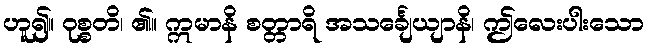
ဟူ၍။ ဝုစ္စတိ၊ ၏။ ဣမာနိ စတ္တာရိ အသင်္ချေယျာနိ၊ ဤလေးပါးသော